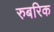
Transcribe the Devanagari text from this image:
रुबरिक